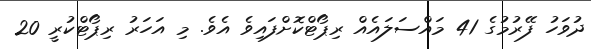
ދުވަހު ފޭރުމުގެ 41 މައްސަލައެއް ރިޕޯޓްކޮށްފައިވެ އެވެ. މި އަހަރު ރިޕޯޓްކުރީ 20